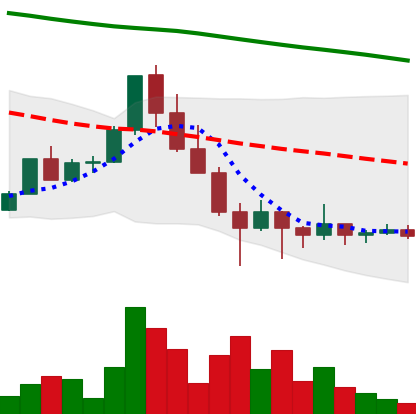
Ticker: ADA-USD
Chart end date: 2022-01-30
Forward return: 9.461%
Label: up_7plus